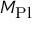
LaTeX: M _ { \mathrm { P l } }